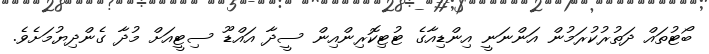
ބޯޓުތައް ދަތުރުކުރަމުން އަންނަނީ އިންޑިއާގެ ޓުޓިކޮރިންއިން ސީދާ އައްޑޫ ސިޓީއަށް މުދާ ގެންދިޔުމަށެވެ.